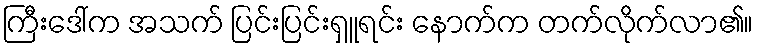
ကြီးဒေါ်က အသက် ပြင်းပြင်းရှူရင်း နောက်က တက်လိုက်လာ၏။